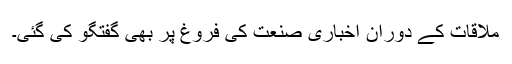
ملاقات کے دوران اخباری صنعت کی فروغ پر بھی گفتگو کی گئی۔